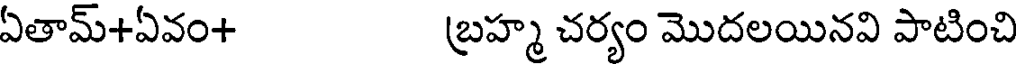
ఏతామ్+ఏవం+ బ్రహ్మ చర్యం మొదలయినవి పాటించి